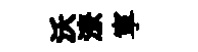
沃潦寕